Investigations on Bengal jail dietaries - Number 37
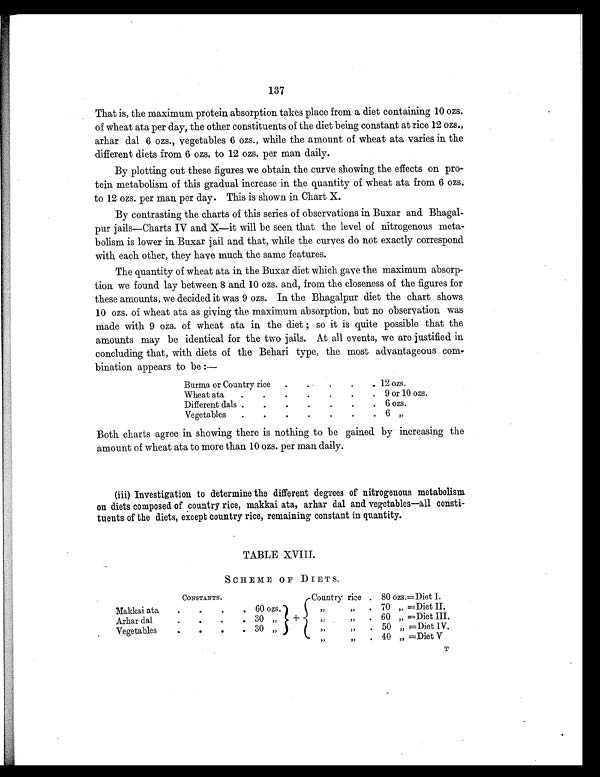
137
That is, the maximum protein absorption takes place from a diet containing 10 ozs.
of wheat ata per day, the other constituents of the diet being constant at rice 12 ozs.,
arhar dal 6 ozs., vegetables 6 ozs., while the amount of wheat ata varies in the
different diets from 6 ozs. to 12 ozs. per man daily.
By plotting out these figures we obtain the curve showing the effects on pro-
tein metabolism of this gradual increase in the quantity of wheat ata from 6 ozs.
to 12 ozs. per man per day. This is shown in Chart X.
By contrasting the charts of this series of observations in Buxar and Bhagal-
pur jails—Charts IV and X—it will be seen that the level of nitrogenous meta-
bolism is lower in Buxar jail and that, while the curves do not exactly correspond
with each other, they have much the same features.
The quantity of wheat ata in the Buxar diet which gave the maximum absorp-
tion we found lay between 8 and 10 ozs. and, from the closeness of the figures for
these amounts, we decided it was 9 ozs. In the Bhagalpur diet the chart shows
10 ozs. of wheat ata as giving the maximum absorption, but no observation was
made with 9 ozs. of wheat ata in the diet ; so it is quite possible that the
amounts may be identical for the two jails. At all events, we are justified in
concluding that, with diets of the Behari type, the most advantageous com-
bination appears to be :—
Burma or Country rice
.
. .
.
. 12 ozs.
Wheat ata .
.
. .
.
.
. 9 or 10 ozs.
Different dals .
.
.
.
.
. . 6 ozs.
Vegetables .
.
.
.
.
.
. 6 „
Both charts agree in showing there is nothing to be gained by increasing the
amount of wheat ata to more than 10 ozs. per man daily.
(iii) Investigation to determine the different degrees of nitrogenous metabolism
on diets composed of country rice, makkai ata, arhar dal and vegetables—all consti-
tuents of the diets, except country rice, remaining constant in quantity.
TABLE XVIII.
SCHEME OF DIETS.
CONSTANTS.
Country rice . 80 ozs. =Diet I.
Makkai ata .
.
.
. 60 ozs.
+
„ „ . 70 „ =Diet II.
Arhar dal
.
.
.
. 30 „
„ „
. 60 „ =Diet III.
Vegetables
.
.
.
. 30 „
„ „
. 50 „ =Diet IV.
„ „ . 40 „ =Diet V
T